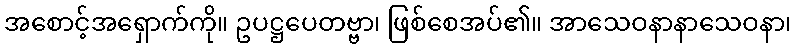
အစောင့်အရှောက်ကို။ ဥပဋ္ဌပေတဗ္ဗာ၊ ဖြစ်စေအပ်၏။ အာသေဝနာနာသေဝနာ၊